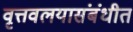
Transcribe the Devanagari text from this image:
वृत्तवलयासंबंधीत